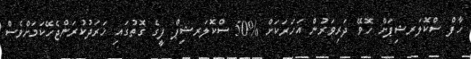
ހާފް ސްކޮލަރޝިޕަށް ހޮވޭ ދަރިވަރުން އަހަރަކަށް %50 ސްކޮލަރޝިޕް ފީގެ ގޮތުގައި ޚަރަދުކުރަންޖެހޭކަމަށްވެސް